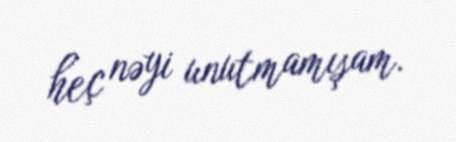
heç nəyi unutmamışam.